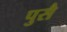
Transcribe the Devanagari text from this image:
पुसै